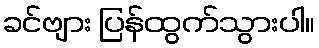
ခင်ဗျား ပြန်ထွက်သွားပါ။